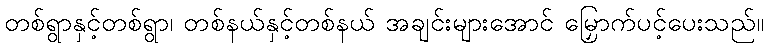
တစ်ရွာနှင့်တစ်ရွာ၊ တစ်နယ်နှင့်တစ်နယ် အချင်းများအောင် မြှောက်ပင့်ပေးသည်။